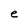
Character: e